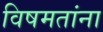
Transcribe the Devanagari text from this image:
विषमतांना